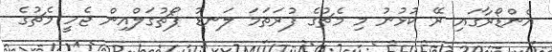
އެންޑޯރާގައި ރޭ ކުޅުނު މި މެޗުގެ ފުރަތަމަ ލަނޑު ޕޯޗުގަލްއިން ޖެހީ މެޗުގެ